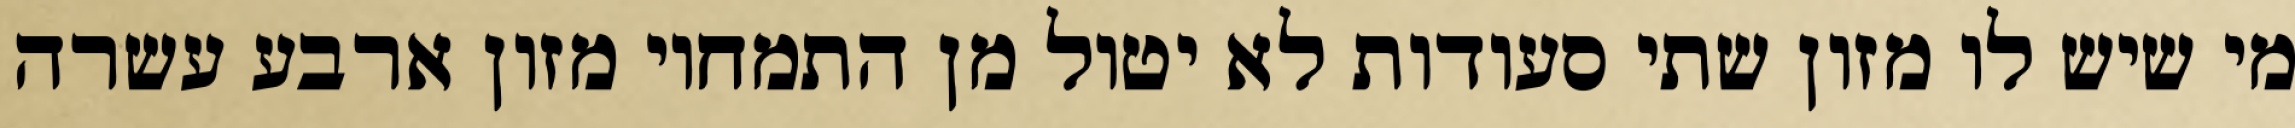
מי שיש לו מזון שתי סעודות לא יטול מן התמחוי מזון ארבע עשרה